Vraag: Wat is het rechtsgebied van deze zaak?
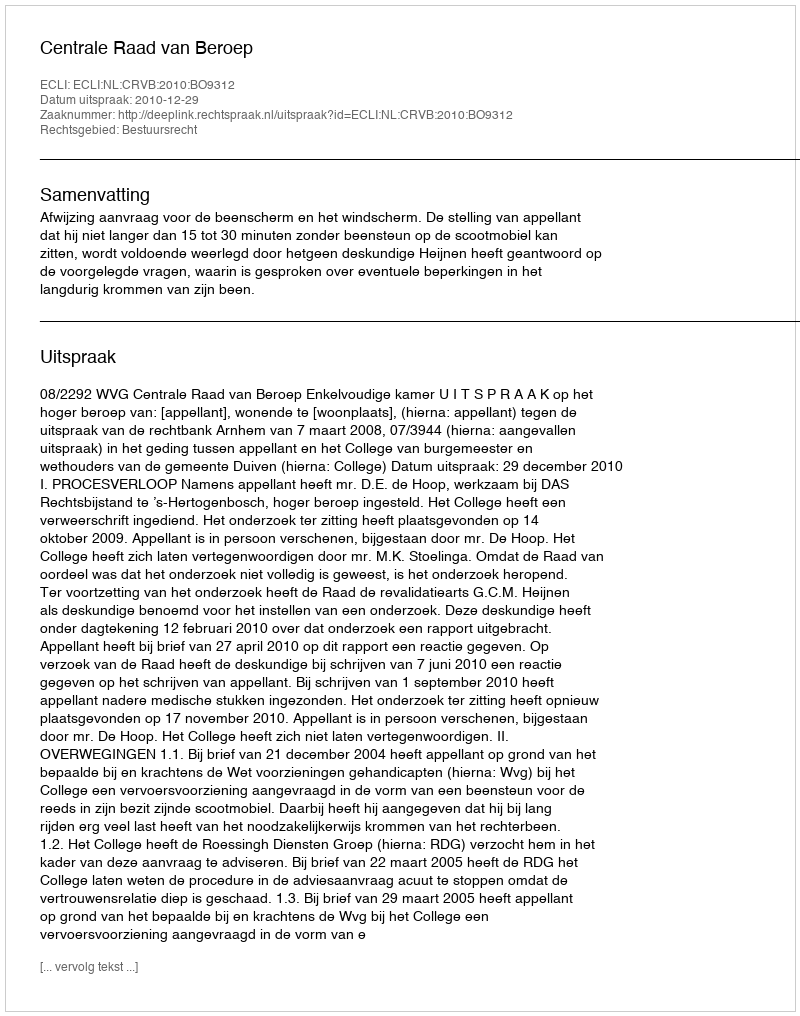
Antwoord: Bestuursrecht